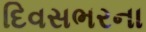
દિવસભરના